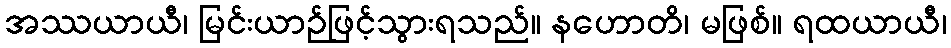
အဿယာယီ၊ မြင်းယာဉ်ဖြင့်သွားရသည်။ နဟောတိ၊ မဖြစ်။ ရထယာယီ၊